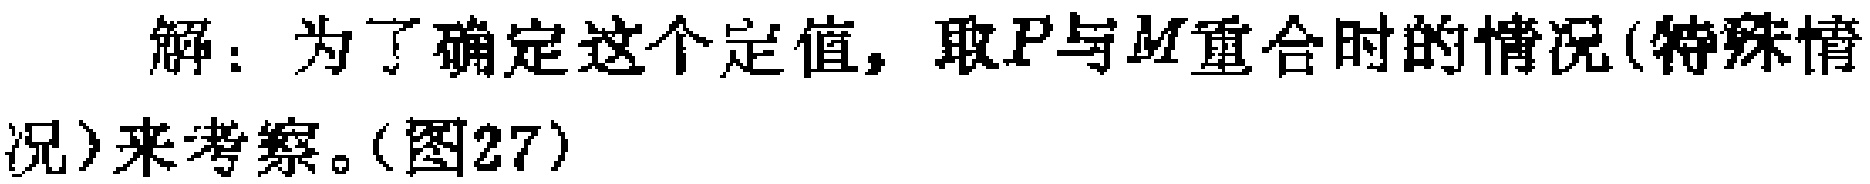
解：为了确定这个定值，取\(P\)与\(M\)重合时的情况(特殊情况)来考察。(图27)